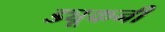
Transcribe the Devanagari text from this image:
ड्यूकनी